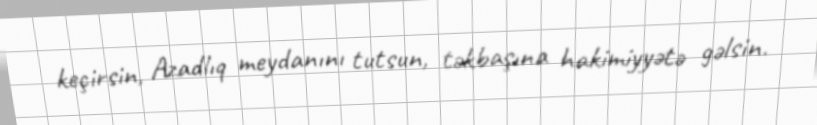
keçirsin, Azadlıq meydanını tutsun, təkbaşına hakimiyyətə gəlsin.